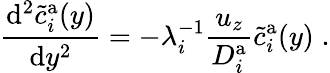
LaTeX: \frac{\mathrm{d}^{2}\tilde{c}_{i}^{\mathrm{a}}(y)}{\mathrm{d}y^{2}}=-\lambda_{i}^{-1}\frac{u_{z}}{D_{i}^{\mathrm{a}}}\tilde{c}_{i}^{\mathrm{a}}(y)\; .